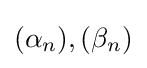
(\alpha _{n}),(\beta _{n})